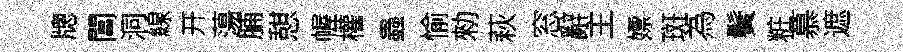
牕閶洞線开蕩脯憇幄權蟲愉勑萩窓辭主嫖斑為鬢粧慕遮